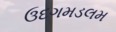
ઉદગમડલમ